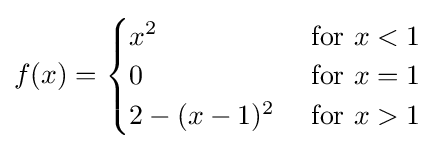
f(x)={\begin{cases}x^{2}&{\mbox{ for }}x<1\\0&{\mbox{ for }}x=1\\2-(x-1)^{2}&{\mbox{ for }}x>1\end{cases}}